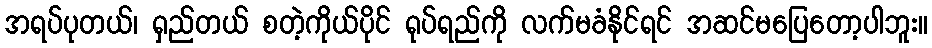
အရပ်ပုတယ်၊ ရှည်တယ် စတဲ့ကိုယ်ပိုင် ရုပ်ရည်ကို လက်မခံနိုင်ရင် အဆင်မပြေတော့ပါဘူး။